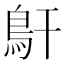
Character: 𩾝